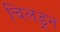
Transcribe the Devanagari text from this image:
चिलड्रन